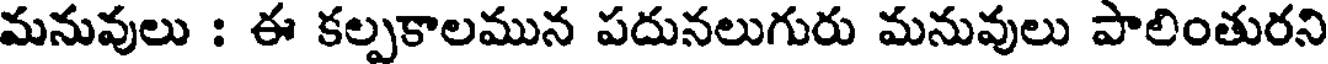
మనువులు : ఈ కల్పకాలమున పదునలుగురు మనువులు పాలింతురని